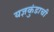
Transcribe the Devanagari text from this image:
यज्ञकुंडाची